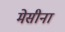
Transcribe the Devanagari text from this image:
मेसीना